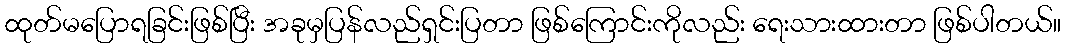
ထုတ်မပြောရခြင်းဖြစ်ပြီး အခုမှပြန်လည်ရှင်းပြတာ ဖြစ်ကြောင်းကိုလည်း ရေးသားထားတာ ဖြစ်ပါတယ်။